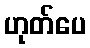
ဟုတ်ပေ